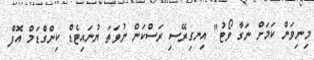
މިނިވަން ކަމަށް ނަގާ ވޯޓު" އިނގިރޭސި ރަސްކަން ނުވަތަ ޔުނައިޓެޑް ކިންގްޑަމް އޮފް